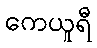
ကေယူရီ